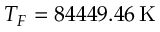
T _ { F } = 8 4 4 4 9 . 4 6 \, \mathrm { K }